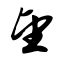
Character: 望